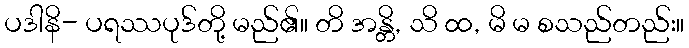
ပဒါနိ- ပရဿပုဒ်တို့ မည်၏။ တိ အန္တိ, သိ ထ, မိ မ စသည်တည်း။